[Report on the health of British troops in the Madras command]
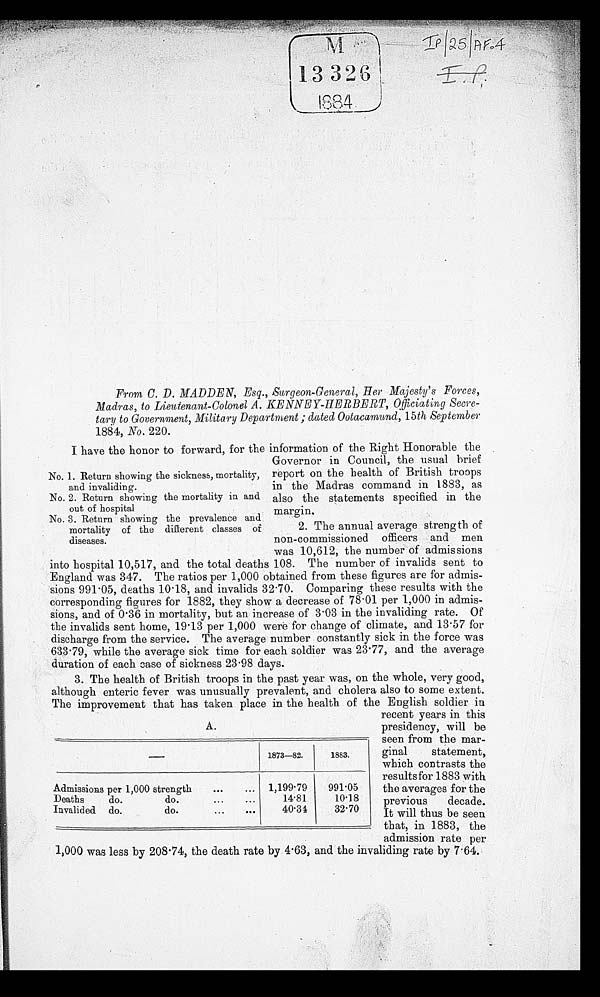
From C. D. MADDEN; Esq., Surgeon-General, Her Majesty's Forces,
Madras, to Lieutenant-Colonel A. KENNEY-HERBERT, Officiating Secre
- t a r y t o G o v e r n m e n t , M i l i t a r y D e p a r t m e n t ; d a t e d O o t a c a m u n d ,1
5 t h
S e p t e m b e r
1884, No. 220.
I have the honor to forward, for the information of the Right Honorable the
Governor in Council, the usual brief
report on the health of British troops
in the Madras command in 1883, as
also the statements specified in the
margin.
2. The annual average strength of
non-commissioned officers and men
was 10,612, the number of admissions
into hospital 10,517, and the total deaths 108. The number of invalids sent to
England was 347. The ratios per 1,000 obtained from these figures are for admis
- s i o n s 9 9 1 . 0 5 , d e a t h s 1 0 . 1 8 , a n d i n v a l i d s 3 2 . 7 0 . C o m p a r i n g t h e s e r e s u l t s w i t h t h e
corresponding figures for 1882, they show a decrease of 78.01 per 1,000 in admis
- s i o n s , a n d o f 0 . 3 6 i n m o r t a l i t y , b u t a n i n c r e a s e o f 3 . 0 3 i n t h e i n v a l i d i n g r a t e . O f
the invalids sent home, 19.13 per 1,000 were for change of climate, and 13.57 for
discharge from the service. The average number constantly sick in the force was
633.79, while the average sick time for each soldier was 23.77, and the average
duration of each ease of sickness 23.98 days.
3. The health of British troops in the past year was, on the whole, very good,
although enteric fever was unusually prevalent, and cholera also to some extent.
The improvement that has taken place in the health of the English soldier in
recent years in this
presidency, will be
seen from the mar
-ginal statement,
which contrasts the
results for 1883 with
the averages for the
previous decade.
It will thus be seen
that, in 1883, the
admission rate per
1,000 was less by 208.74, the death rate by 4.63, and the invaliding rate by 7.64.
No. 1. Return showing the sickness, mortality,
and invaliding.
No. 2. Return showing the mortality in and.
out of hospital
No. 3. Return showing the prevalence and
mortality of the different classes of
diseases.
—
1873-82.
1883.
Admissions per 1,000 strength
1,199.79
991.05
Deaths do do.
14.81
10.18
Invalided do
do.
40.34
32.70